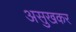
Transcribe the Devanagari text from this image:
असुखकर